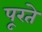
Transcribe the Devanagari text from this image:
पूरते